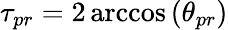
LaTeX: \tau_{pr}=2\operatorname{arccos}\left(\theta_{pr}\right)